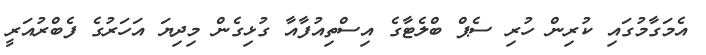
އެމަގާމުގައި ކުރިން ހުރި ސެޕް ބްލެޓާގެ އިސްތިއުފާއާ ގުޅިގެން މިދިޔަ އަހަރުގެ ފެބްރުއަރީ